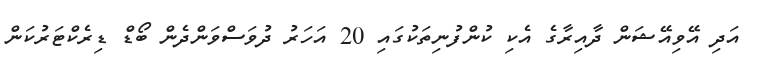
އަދި އޭވިއޭޝަން ދާއިރާގެ އެކި ކުންފުނިތަކުގައި 20 އަހަރު ދުވަސްވަންދެން ބޯޑް ޑިރެކްޓަރުކަން